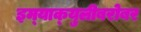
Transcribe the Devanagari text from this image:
इम्‍याक्‍युलीबरोबर